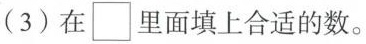
(3) 在\Box里面填上合适的数。